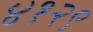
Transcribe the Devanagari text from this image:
४१२९